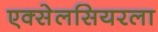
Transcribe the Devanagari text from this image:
एक्सेलसियरला